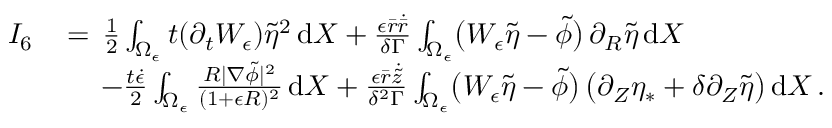
\begin{array} { r l } { I _ { 6 } \, } & { = \, \frac 1 2 \int _ { \Omega _ { \epsilon } } t ( \partial _ { t } W _ { \epsilon } ) \tilde { \eta } ^ { 2 } \, \mathrm { d } X + \frac { \epsilon \bar { r } \dot { \bar { r } } } { \delta \Gamma } \int _ { \Omega _ { \epsilon } } \bigl ( W _ { \epsilon } \tilde { \eta } - \tilde { \phi } \bigr ) \, \partial _ { R } \tilde { \eta } \, \mathrm { d } X } \\ & { \quad \, - \frac { t \dot { \epsilon } } { 2 } \int _ { \Omega _ { \epsilon } } \frac { R | \nabla \tilde { \phi } | ^ { 2 } } { ( 1 + \epsilon R ) ^ { 2 } } \, \mathrm { d } X + \frac { \epsilon \bar { r } \dot { \tilde { z } } } { \delta ^ { 2 } \Gamma } \int _ { \Omega _ { \epsilon } } \bigl ( W _ { \epsilon } \tilde { \eta } - \tilde { \phi } \bigr ) \, \bigl ( \partial _ { Z } \eta _ { * } + \delta \partial _ { Z } \tilde { \eta } \bigr ) \, \mathrm { d } X \, . } \end{array}